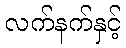
လက်နက်နှင့်